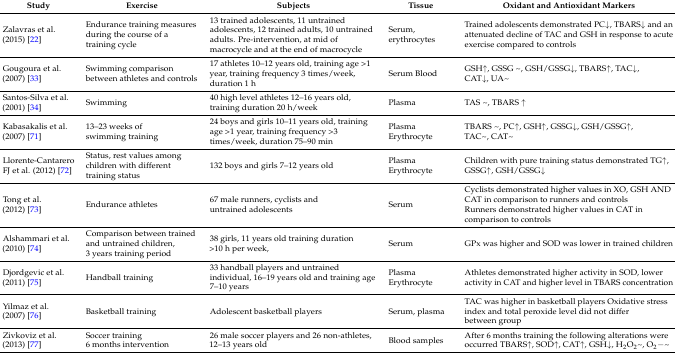
<table><thead><tr><td><b>Study</b></td><td><b>Exercise</b></td><td><b>Subjects</b></td><td><b>Tissue</b></td><td><b>Oxidant and Antioxidant Markers</b></td></tr></thead><tbody><tr><td>Zalavras et al. (2015) [22]</td><td>Endurance training measures during the course of a training cycle</td><td>13 trained adolescents, 11 untrained adolescents, 12 trained adults, 10 untrained adults. Pre-intervention, at mid of macrocycle and at the end of macrocycle</td><td>Serum, erythrocytes </td><td>Trained adolescents demonstrated PC↓, TBARS↓ and an attenuated decline of TAC and GSH in response to acute exercise compared to controls</td></tr><tr><td>Gougoura et al. (2007) [33]</td><td>Swimming comparison between athletes and controls</td><td>17 athletes 10–12 years old, training age &gt;1 year, training frequency 3 times/week, duration 1 h</td><td>Serum Blood</td><td>GSH↑, GSSG ~, GSH/GSSG↓, TBARS↑, TAC↓, CAT↓, UA~</td></tr><tr><td>Santos-Silva et al. (2001) [34]</td><td>Swimming</td><td>40 high level athletes 12–16 years old, training duration 20 h/week</td><td>Plasma</td><td>TAS ~, TBARS ↑</td></tr><tr><td>Kabasakalis et al. (2007) [71]</td><td>13–23 weeks of swimming training</td><td>24 boys and girls 10–11 years old, training age &gt;1 year, training frequency &gt;3 times/week, duration 75–90 min</td><td>Plasma Erythrocyte</td><td>TBARS ~, PC↑, GSH↑, GSSG↓, GSH/GSSG↑, TAC~, CAT~</td></tr><tr><td>Llorente-Cantarero FJ et al. (2012) [72]</td><td>Status, rest values among children with different training status</td><td>132 boys and girls 7–12 years old</td><td>Plasma Erythrocyte</td><td>Children with pure training status demonstrated TG↑, GSSG↑, GSH/GSSG↓</td></tr><tr><td>Tong et al. (2012) [73]</td><td>Endurance athletes</td><td>67 male runners, cyclists and untrained adolescents</td><td>Serum </td><td>Cyclists demonstrated higher values in XO, GSH AND CAT in comparison to runners and controls Runners demonstrated higher values in CAT in comparison to controls</td></tr><tr><td>Alshammari et al. (2010) [74]</td><td>Comparison between trained and untrained children, 3 years training period</td><td>38 girls, 11 years old training duration &gt;10 h per week, </td><td>Serum </td><td>GPx was higher and SOD was lower in trained children</td></tr><tr><td>Djordgevic et al. (2011) [75]</td><td>Handball training</td><td>33 handball players and untrained individual, 16–19 years old and training age 7–10 years</td><td>Plasma Erythrocyte</td><td>Athletes demonstrated higher activity in SOD, lower activity in CAT and higher level in TBARS concentration</td></tr><tr><td>Yilmaz et al. (2007) [76]</td><td>Basketball training</td><td>Adolescent basketball players</td><td>Serum, plasma</td><td>TAC was higher in basketball players Oxidative stress index and total peroxide level did not differ between group</td></tr><tr><td>Zivkoviz et al. (2013) [77]</td><td>Soccer training 6 months intervention</td><td>26 male soccer players and 26 non-athletes, 12–13 years old</td><td>Blood samples</td><td>After 6 months training the following alterations were occurred TBARS↑, SOD↑, CAT↑, GSH↓, H<sub>2</sub>O<sub>2</sub>~, O<sub>2</sub>−~</td></tr></tbody></table>